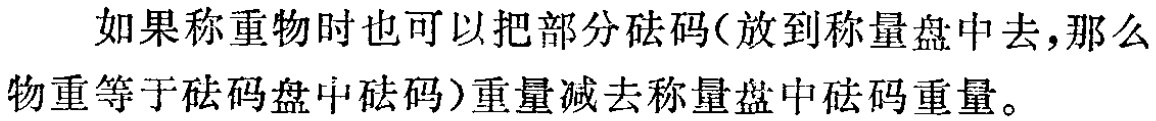
如果称重物时也可以把部分砝码（放到称量盘中去，那么物重等于砝码盘中砝码）重量减去称量盘中砝码重量。